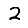
Digit: 2